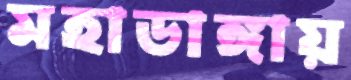
মহাডাঙ্গায়